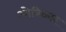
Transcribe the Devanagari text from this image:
ओविकार